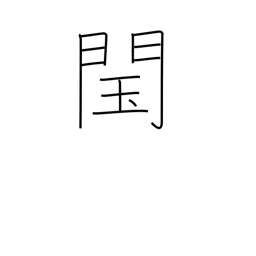
Meaning: illegitimate throne